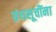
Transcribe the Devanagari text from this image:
ग्रंथसूचींना